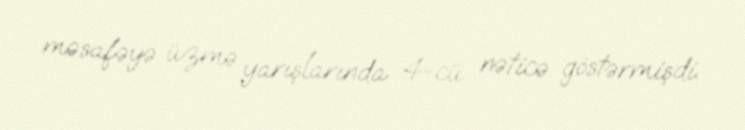
məsafəyə üzmə yarışlarında 4-cü nəticə göstərmişdi.